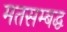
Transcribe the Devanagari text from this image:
मतसम्बद्ध